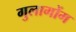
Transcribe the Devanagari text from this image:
गुलागोंग